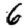
Digit: 6